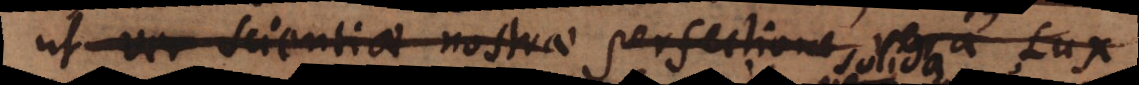
ver (c) scientiae nostrae perfectione vera Lux